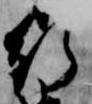
行